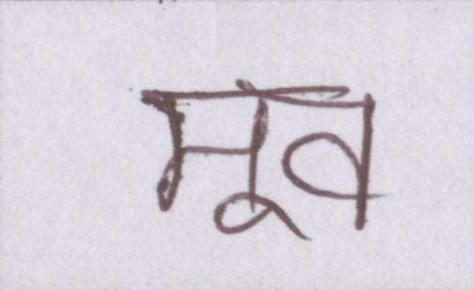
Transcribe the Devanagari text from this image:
मूव